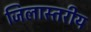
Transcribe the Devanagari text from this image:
जिलास्तरीय